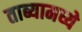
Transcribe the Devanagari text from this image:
ताब्यामध्ये